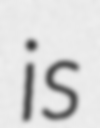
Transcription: is